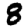
Digit: 8